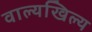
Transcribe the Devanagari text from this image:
वाल्यखिल्य